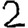
Digit: 2